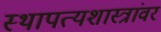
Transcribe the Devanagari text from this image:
स्थापत्यशास्त्रांवर